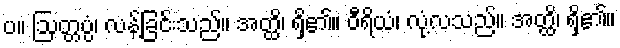
ပ။ ဩတ္တပ္ပံ၊ လန့်ခြင်းသည်။ အတ္ထိ၊ ရှိ၏။ ဝီရိယံ၊ လုံ့လသည်။ အတ္ထိ၊ ရှိ၏။